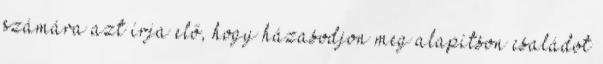
számára azt írja elő, hogy házasodjon meg alapítson családot